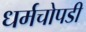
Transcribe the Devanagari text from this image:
धर्मचोपडी